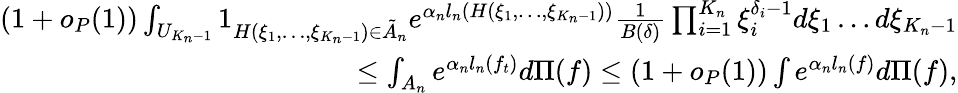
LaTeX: \begin{array}{r}{(1+o_{P}(1))\int_{U_{K_{n}-1}}1_{H(\xi_{1},\dots,\xi_{K_{n}-1})\in\tilde{A}_{n}}e^{\alpha_{n}l_{n}(H(\xi_{1},\dots,\xi_{K_{n}-1}))}\frac{1}{B(\delta)}\prod_{i=1}^{K_{n}}\xi_{i}^{\delta_{i}-1}d\xi_{1}\dots d\xi_{K_{n}-1}}\\ {\leq\int_{A_{n}}e^{\alpha_{n}l_{n}(f_{t})}d\Pi(f)\leq(1+o_{P}(1))\int e^{\alpha_{n}l_{n}(f)}d\Pi(f),}\end{array}